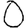
Digit: 0